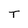
Character: T